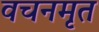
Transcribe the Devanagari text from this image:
वचनमृत